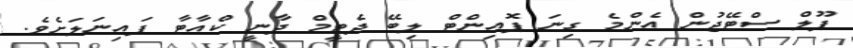
ޕޫލް ސްޓޭޖުން އެންމެ ގިނަ ޕޮއިންޓް ލިބޭ ދެޓީމް ދާނީ ކްއާޓާ ފައިނަލަށެވެ.